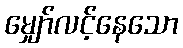
မျှော်လင့်နေသော